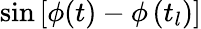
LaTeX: \sin\left[\phi(t)-\phi\left(t_{l}\right)\right]